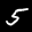
Label: 5